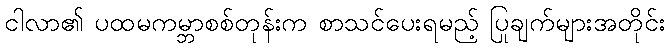
ငါလာ၏ ပထမကမ္ဘာစစ်တုန်းက စာသင်ပေးရမည့် ပြုချက်များအတိုင်း